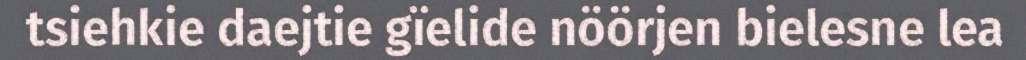
tsiehkie daejtie gïelide nöörjen bielesne lea